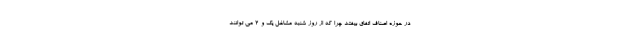
در حوزه اصناف اتفاق بیفتد چرا که از روز شنبه مشاغل یک و ۲ می توانند